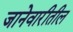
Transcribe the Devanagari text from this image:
जानेवारीतील